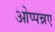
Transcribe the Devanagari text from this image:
ओप्पन्नए